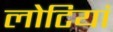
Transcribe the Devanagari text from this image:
लोटियां